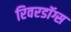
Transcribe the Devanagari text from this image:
रिवरडॉग्स